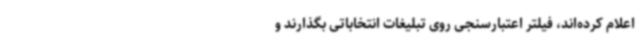
اعلام کرده‌اند، فیلتر اعتبارسنجی روی تبلیغات انتخاباتی بگذارند و